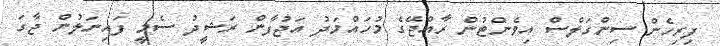
ފިރިހެން ސިންގަލްސް އިވެންޓުން ރާއްޖޭގެ މުހައްމަދު އަޖުފާން ރަޝީދު ސެމީ ފައިނަލުން ޖާގަ